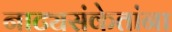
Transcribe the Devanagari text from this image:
नाट्यसंकेतांना